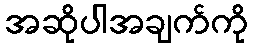
အဆိုပါအချက်ကို